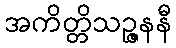
အကိတ္တိသဉ္ဇနနီ